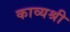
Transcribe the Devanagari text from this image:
काव्यश्री